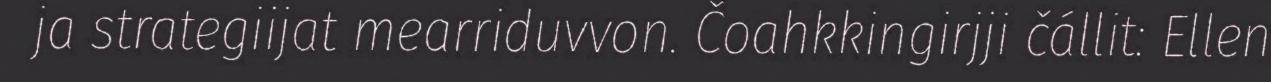
ja strategiijat mearriduvvon. Čoahkkingirjji čállit: Ellen